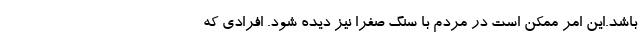
باشد.این امر ممکن است در مردم با سنگ صفرا نیز دیده شود. افرادی که